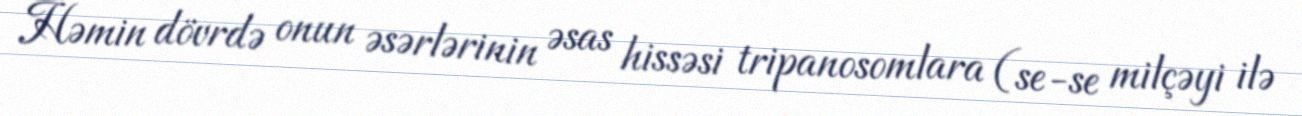
Həmin dövrdə onun əsərlərinin əsas hissəsi tripanosomlara (se-se milçəyi ilə